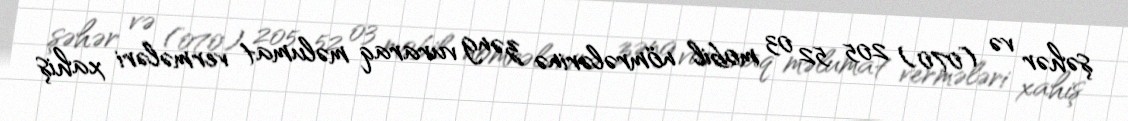
şəhər və (070) 205 52 03 mobil nömrələrinə zəng vuraraq məlumat vermələri xahiş